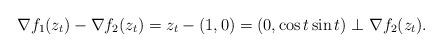
LaTeX: \begin{align*} \nabla f_1(z_t)-\nabla f_2(z_t)=z_t-(1,0)=(0,\cos t\sin t)\perp \nabla f_2(z_t). \end{align*}